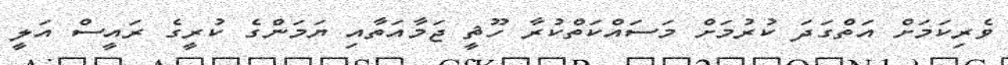
ވެރިކަމަށް އަތްގަދަ ކުރުމަށް މަސައްކަތްކުރާ ހޫޘީ ޖަމާއަތާއި ޔަމަންގެ ކުރީގެ ރައީސް އަލީ